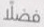
فضلا